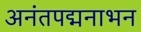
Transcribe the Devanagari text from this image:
अनंतपद्मनाभन